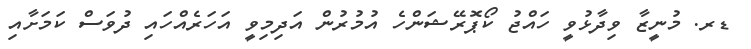
ޑރ. މުނީޒާ ވިދާޅުވީ ހައްޖު ކޯޕޮރޭޝަންހެ އުމުރުން އަދިމިވީ އަހަރެއްހައި ދުވަސް ކަމަށާއި